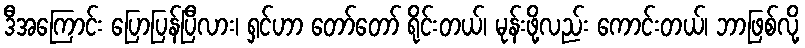
ဒီအကြောင်း ပြောပြန်ပြီလား၊ ရှင်ဟာ တော်တော် ရိုင်းတယ်၊ မုန်းဖို့လည်း ကောင်းတယ်၊ ဘာဖြစ်လို့